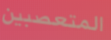
المتعصبين